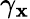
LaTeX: \gamma_{\mathbf{x}}